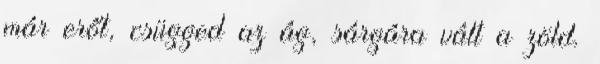
már erőt, csügged az ág, sárgára vált a zöld.